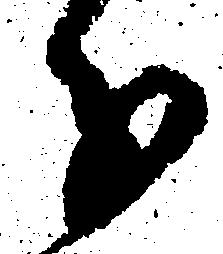
分